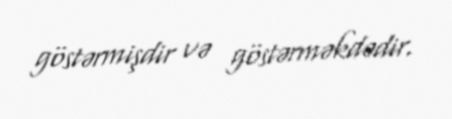
göstərmişdir və göstərməkdədir.